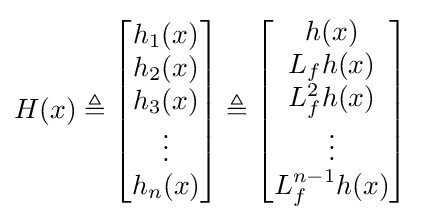
H(x)\triangleq {\begin{bmatrix}h_{1}(x)\\h_{2}(x)\\h_{3}(x)\\\vdots \\h_{n}(x)\end{bmatrix}}\triangleq {\begin{bmatrix}h(x)\\L_{f}h(x)\\L_{f}^{2}h(x)\\\vdots \\L_{f}^{n-1}h(x)\end{bmatrix}}